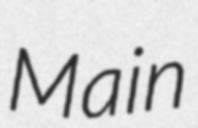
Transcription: Main